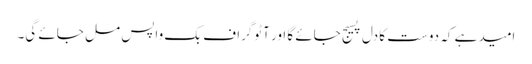
امید ہے کہ دوست کا دل پسیج جائے گا اور آٹوگراف بک واپس مل جائے گی۔